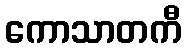
ကောသာတကီ